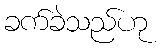
ခက်ခဲသည်ဟု